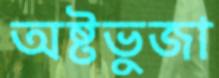
অষ্টভুজা